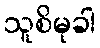
သူစိမုခါ